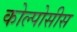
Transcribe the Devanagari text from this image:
कोल्पोसीस